Civil Veterinary Dept. Assam report 1911-1927 - 1911-1927
Year: 1911
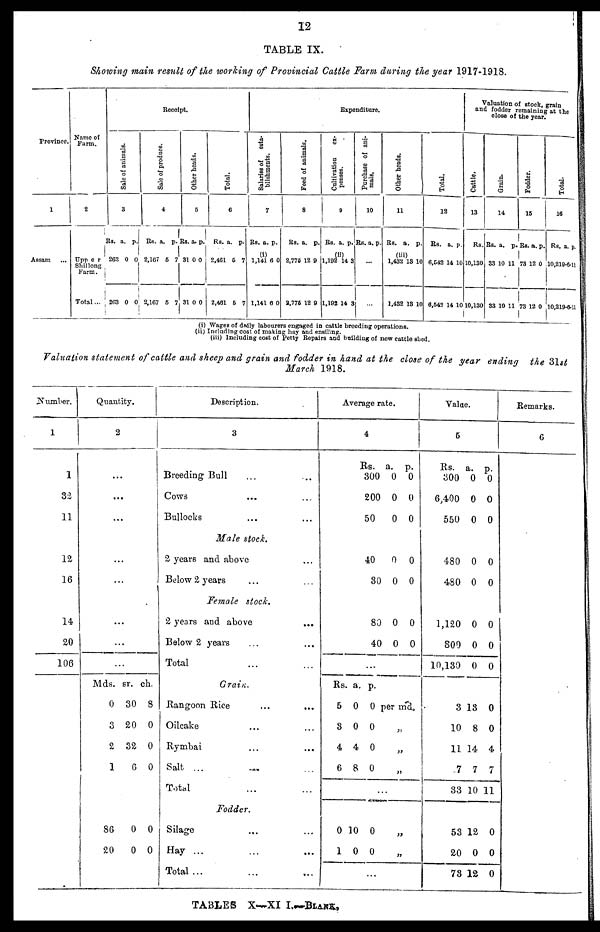
12
TABLE IX.
Showing main result of the working of Provincial Cattle Farm during the year 1917-1918.
Province.
1
Assam ...
Name of
Farm.
2
Upp e r
Shil long
Farm.
Total...
Receipt.
Sale of animals.
3
Rs.
263
203
a.
0
0
p.
0
0
Sal e of produce.
4
Rs.
2,167
2,167
a.
6
5
p.
7
7
Other heads.
5
Rs.
31
31
a.
0
0
p.
0
0
Total.
6
Rs.
2,461
2,461
a.
5
5
p.
7
7
Expenditure.
Salaries of esta-
blishments.
7
Rs.
(i)
1,141
1,141
a.
6
6
p.
0
0
Feed of animals.
8
Rs.
2,775
3,776
a.
12
12
p.
9
0
Cultivation ex-
penses.
9
Rs.
(ii)
1,192
1,192
a.
14
14
p.
3
3
Purchase of ani-
mals.
10
Rs. a. p.
...
...
Other heads.
11
Rs.
(iii)
1,432
1.432
a.
13
13
p.
10
10
Total.
12
Rs.
6,542
6,542
a.
14
14
p.
10
10
Valuation of stock, grain
and fodder remaining at the
close of the year.
Cattle.
13
Rs.
10,130
10,130
Gr ai n.
14
Rs.
33
33
a.
10
10
p.
11
11
Fodder .
15
Rs.
73
73
a.
12
12
p.
0
0
Total.
16
Rs. a. p.
10,219-6-11
10,219-6-11
(i) Wages of daily labourers engaged in cattle breeding operations,
(ii) Including cost of making hay and unsiling.
(iii) Including cost of Petty Repairs and building of new cattle shed.
Valuation statement of cattle and sheep and grain and fodder in hand at the close of the year ending
the 31st
March 1918.
Number.
1
1
32
11
12
16
14
20
106
Quantity.
2
...
...
...
...
1
...
...
...
Mds.
0
3
2
1
sr.
30
20
32
6
ch.
8
0
0
0
86
20
0
0
0
0
Description.
3
Breeding Bull ... ...
Cows ... ...
Bullocks ... ...
Male stock.
2 years and above ...
Below 2 years
Female
stock.
2 years and above ...
Below 2 years ... ...
Total ... ...
Grain.
Rangoon Rice
...
...
Oilcake ... ...
Rymbai ... ...
Salt ... ... ...
Total ... ...
Fodder.
Silage ... ...
Hay ... ... ...
Total ... ... ...
Average rate.
4
Rs.
300
200
50
40
30
80
40
a.
0
0
0
0
0
0
0
p.
0
0
0
0
0
0
0
...
Rs.
5
3
4
6
a.
0
0
4
8
p.
0
0
0
0
per md.
„
„
„
...
0
1
10
0
0
0
„
„
...
Value.
5
Rs.
300
6,400
550
480
480
1,120
800
10,130
3
10
11
7
33
53
20
73
a.
0
0
0
0
0
0
0
0
13
8
14
7
10
12
0
12
p.
0
0
0
0
0
0
0
0
0
0
4
7
11
0
0
0
Remarks.
6
TABLES X-XI
I.-BLANK,